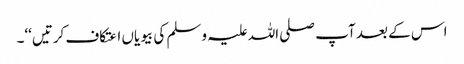
اس کے بعد آپ صلی اللہ علیہ وسلم کی بیویاں اعتکاف کرتیں‘‘۔